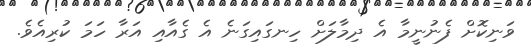
ވަނިކޮށް ފެނުނީމާ އެ ދިމާލަށް ހިނގައިގަނެ އެ ގެއާއި އަރާ ހަމަ ކުރިއެވެ.